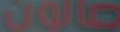
صالون